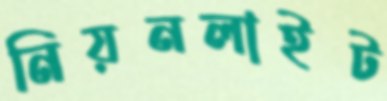
নিয়নলাইট